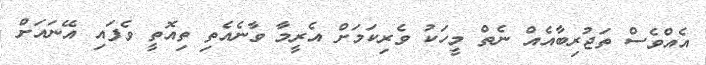
އެއްވެސް ތަޖުރިބާއެއް ނެތް މީހަކު ވެރިކަމަށް އެރީމާ ވާނެއެތި ތިއޮތީ ވެފައި އޭނައަށް